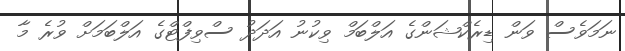
ނަމަވެސް ވަން ޑިރެކްޝަންގެ އަލްބަމް ވިކުނު އަދަދު ސްވިފްޓްގެ އަލްބަމަށް ވުރެ މާ